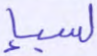
لسبإ